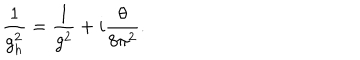
\frac { 1 } { g _ { h } ^ { 2 } } = \frac { 1 } { g ^ { 2 } } + i \frac { \theta } { 8 \pi ^ { 2 } } .